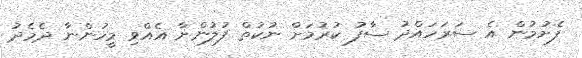
ފެށުމުން އެ ސަރަހައްދު ސާފު ކުރުމަށް ނުކުތް ފުލުންނާ އެއްވި މީހުންނާ ދެމެދު